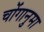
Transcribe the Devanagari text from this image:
चोंगानुमा